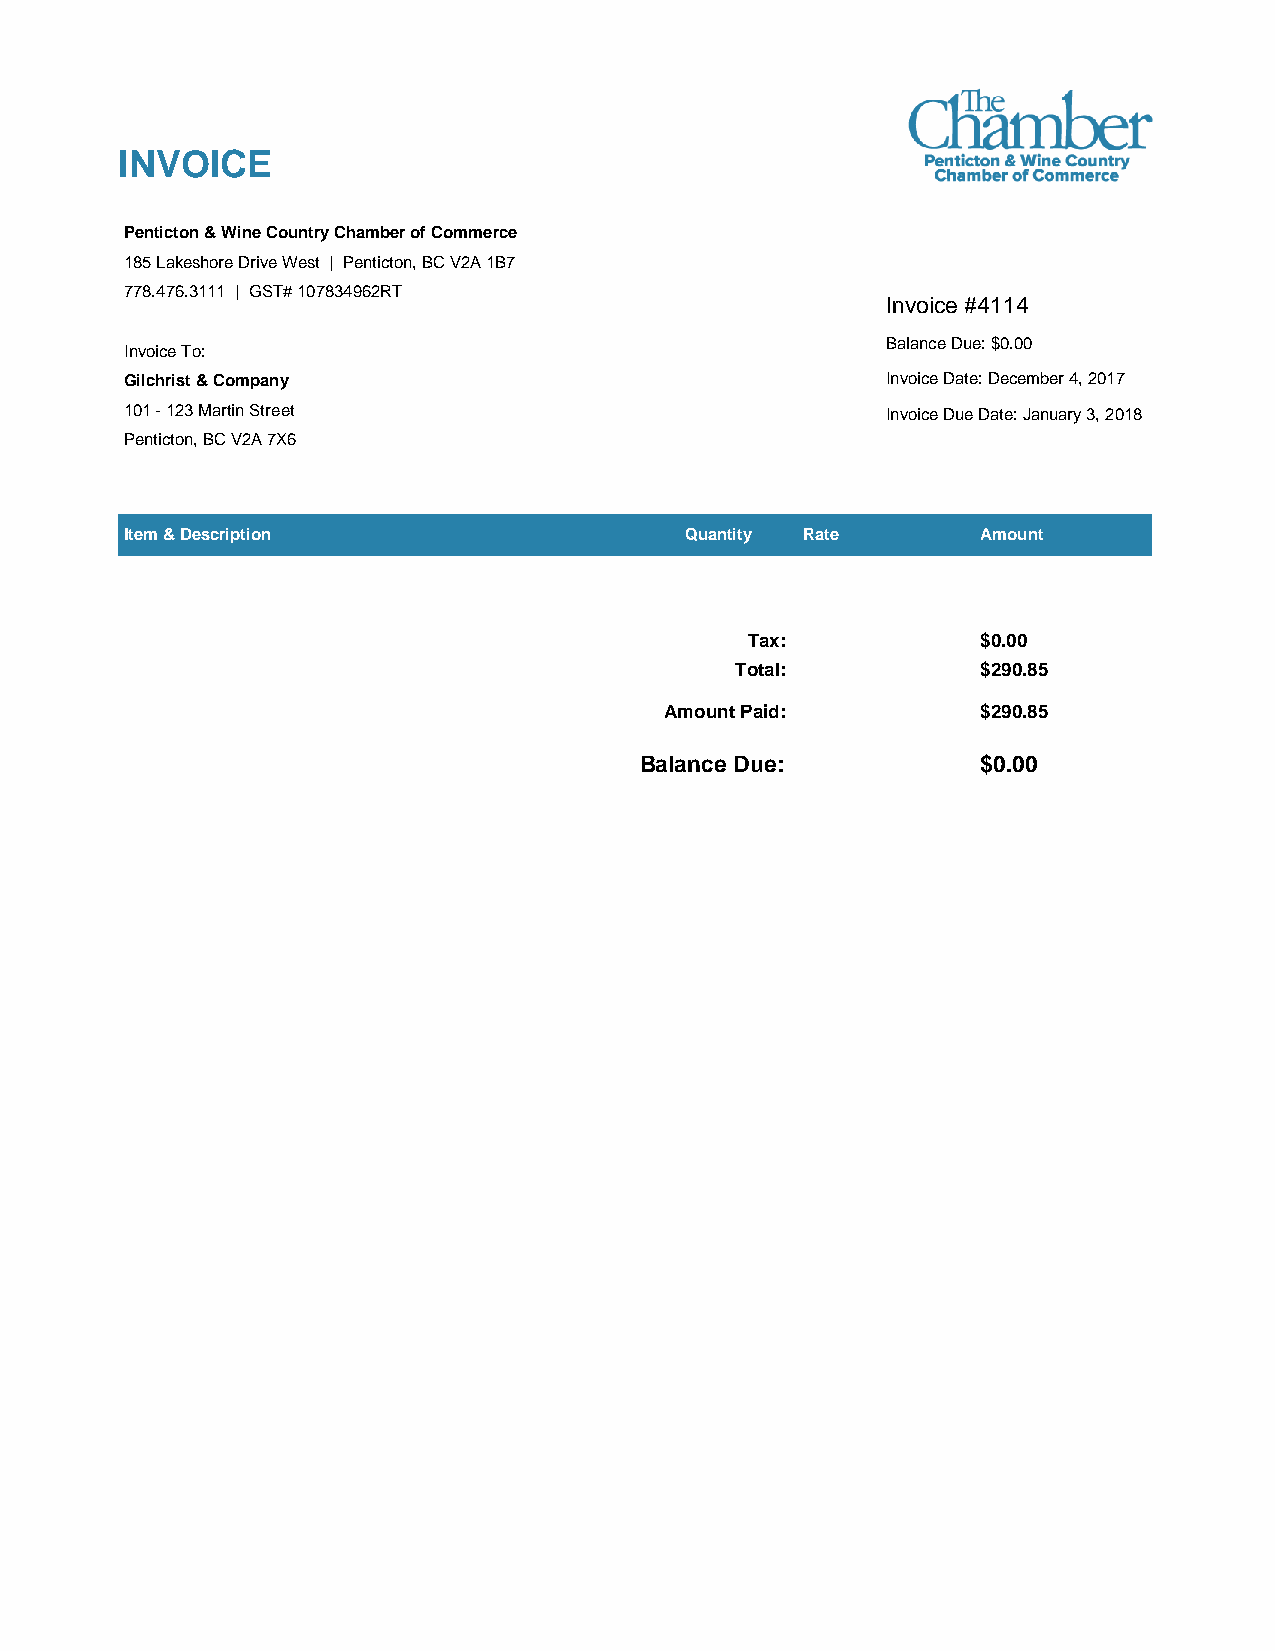
INVOICE
 Penticton & Wine Country Chamber of Commerce
 185 Lakeshore Drive West | Penticton, BC V2A 1B7
 778.476.3111 | GST# 107834962RT
 Invoice #4114
 Balance Due: $0.00
 Invoice To:
 Gilchrist & Company                                Invoice Date: December 4, 2017
 101 - 123 Martin Street                            Invoice Due Date: January 3, 2018
 Penticton, BC V2A 7X6
 Item & Description                   Quantity Rate       Amount
 Tax:            $0.00
 Total:          $290.85
 Amount Paid:         $290.85
 Balance Due:           $0.00